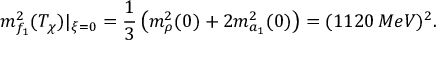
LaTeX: m _ { f _ { 1 } } ^ { 2 } ( T _ { \chi } ) | _ { \xi = 0 } = \frac { 1 } { 3 } \left( m _ { \rho } ^ { 2 } ( 0 ) + 2 m _ { a _ { 1 } } ^ { 2 } ( 0 ) \right) = ( 1 1 2 0 \, M e V ) ^ { 2 } .